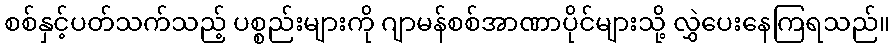
စစ်နှင့်ပတ်သက်သည့် ပစ္စည်းများကို ဂျာမန်စစ်အာဏာပိုင်များသို့ လွှဲပေးနေကြရသည်။